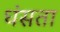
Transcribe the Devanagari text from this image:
धंसता